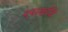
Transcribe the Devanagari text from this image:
रसकवि